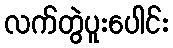
လက်တွဲပူးပေါင်း